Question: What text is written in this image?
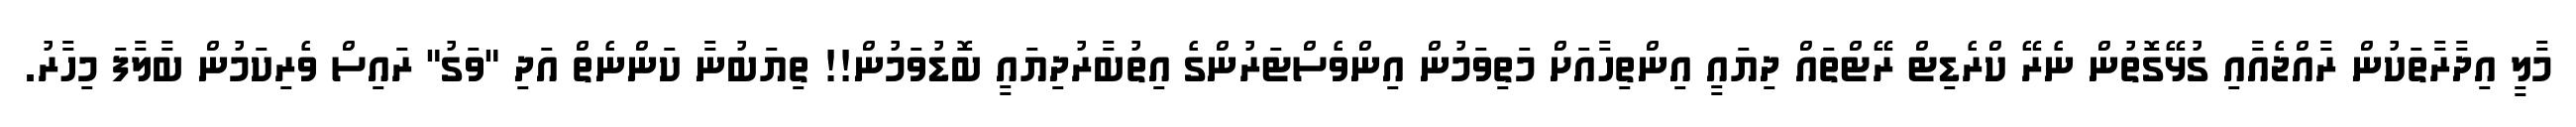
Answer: މާލީ އިދާރާތަކުން ރާއްޖެއާއި ގުޅޭގޮތުން ނެރޭ ކްރެޑިޓް ރޭޓްތައް ދިޔައީ އިންތިހާއަށް މަތިވަމުން އިންވެސްޓަރުންގެ އިތުބާރުދިޔައީ ބޮޑުވަމުން!! ތިޔަބުނާ ކަންނެތް އަދި "ވަގު" ރައިސް ވެރިކަމުން ބާލާފަ މިހާރު.